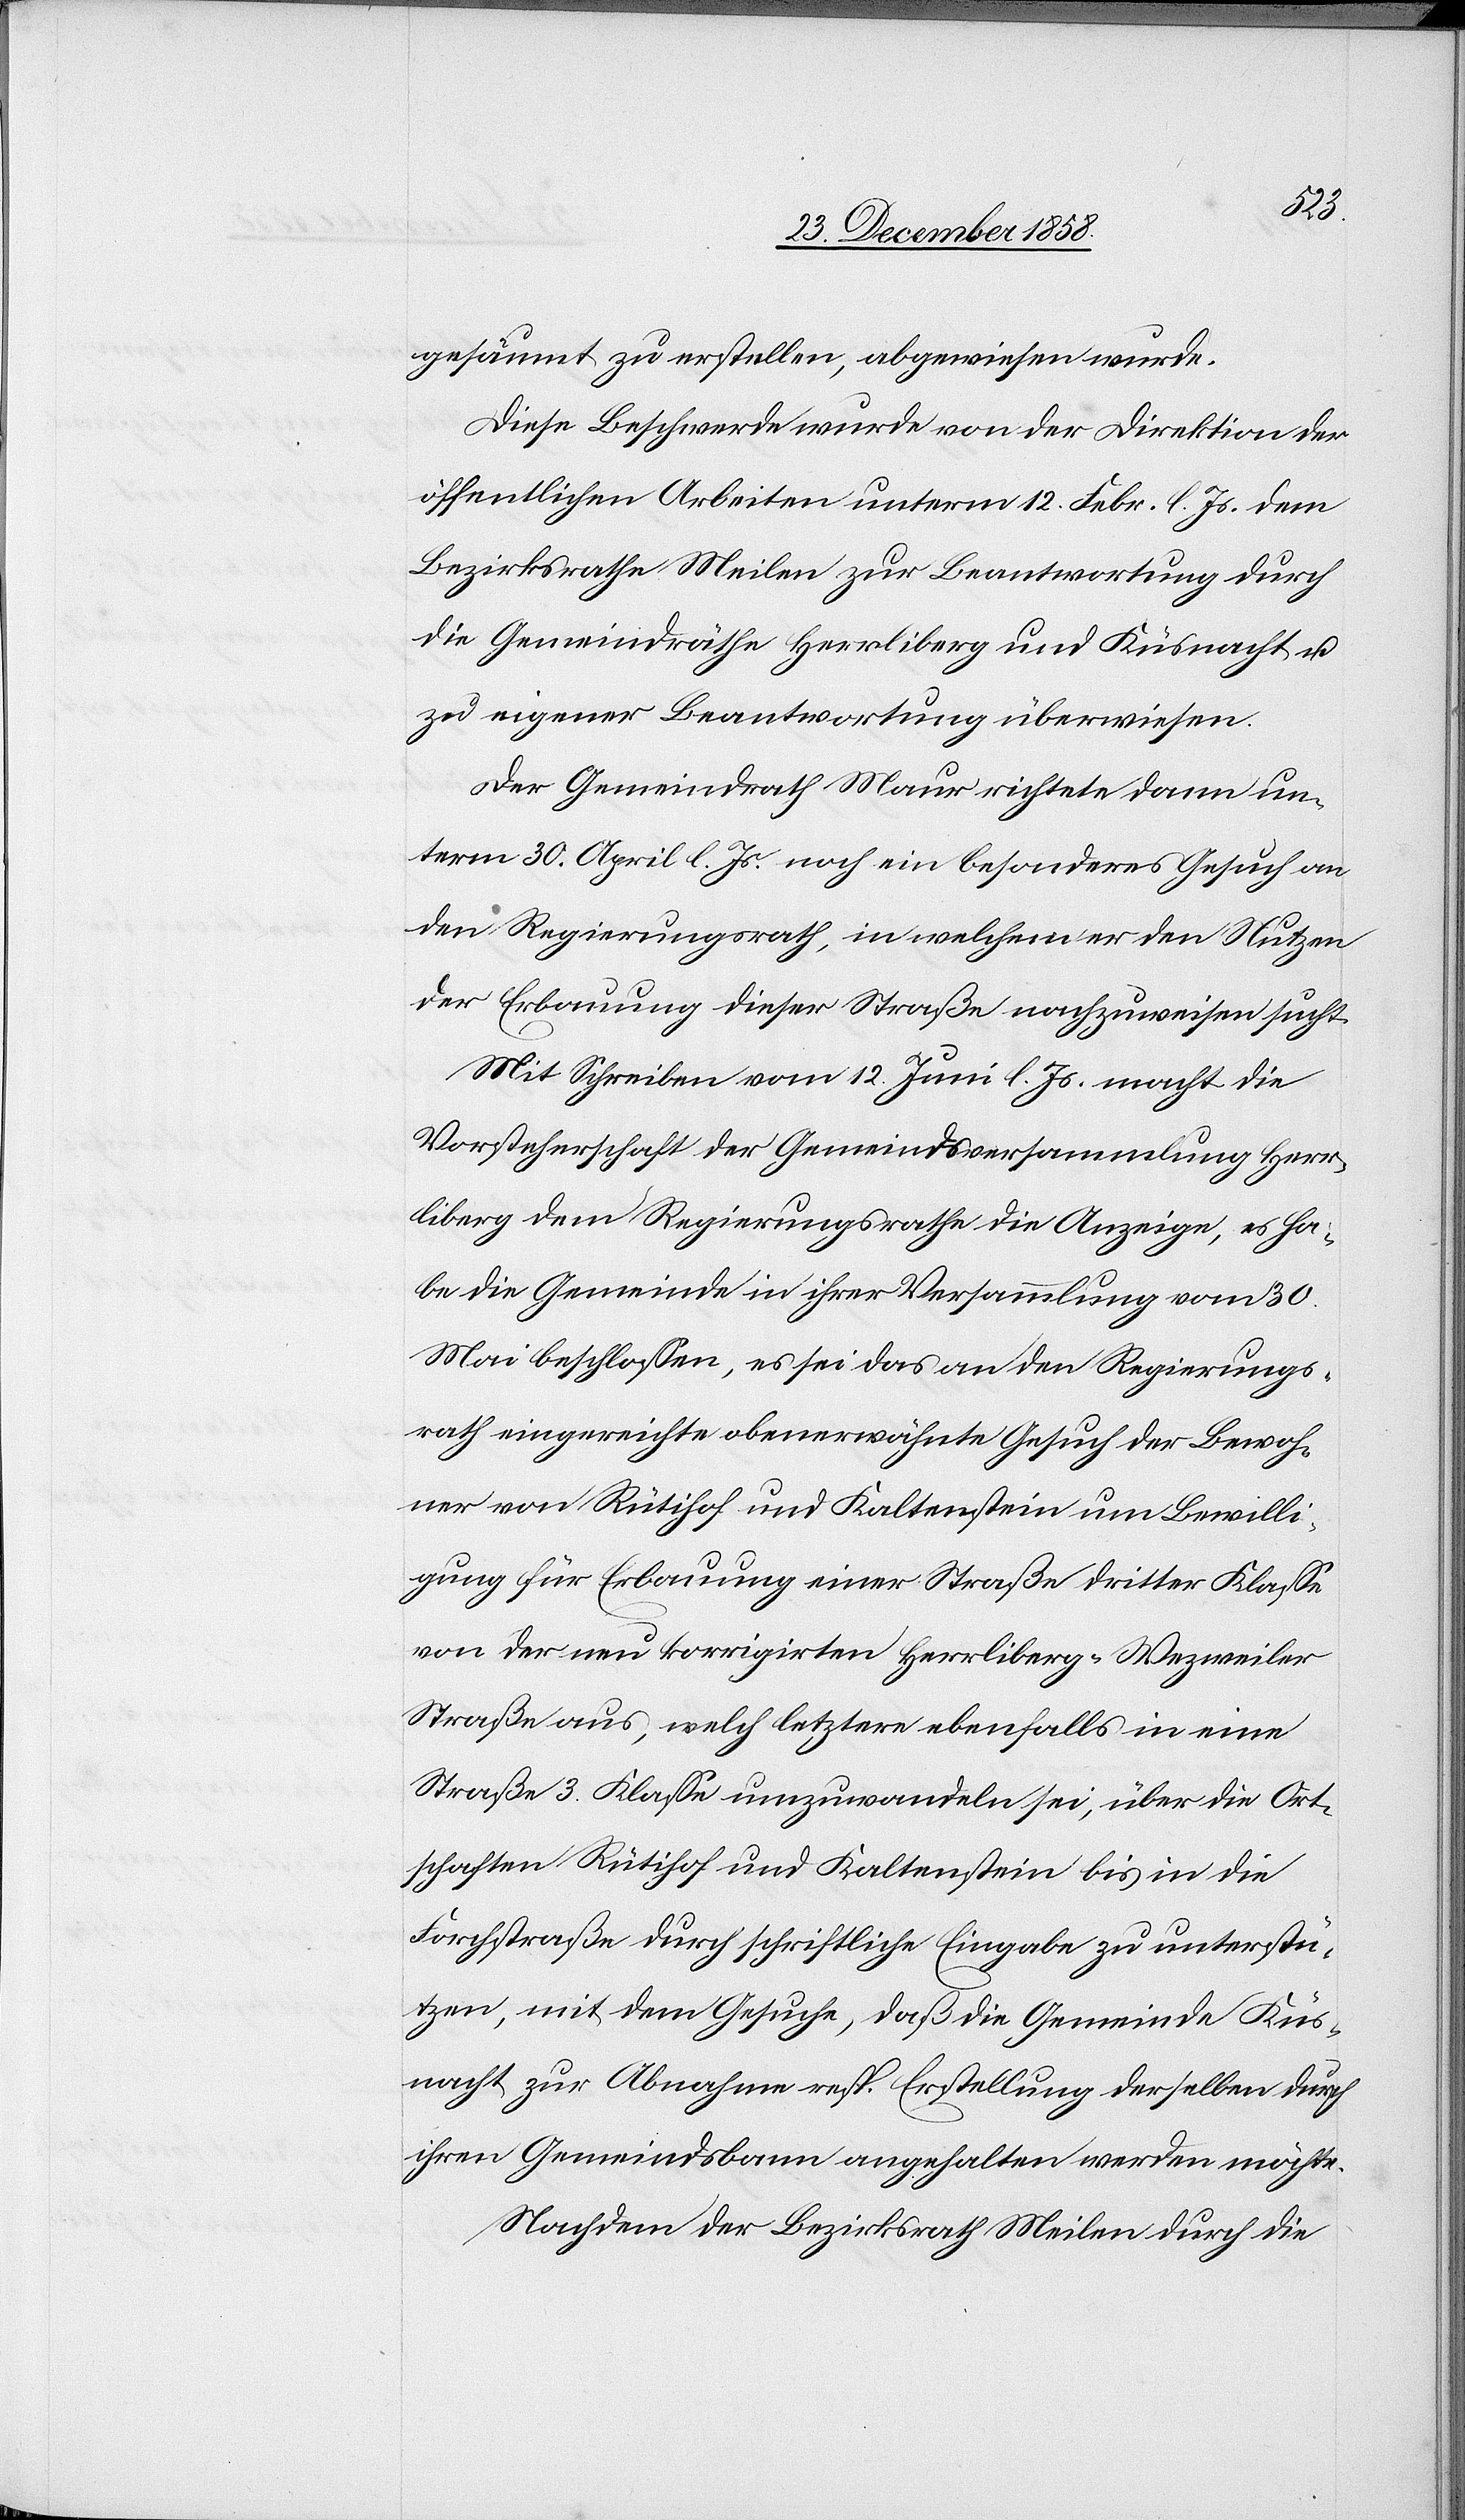
ler.